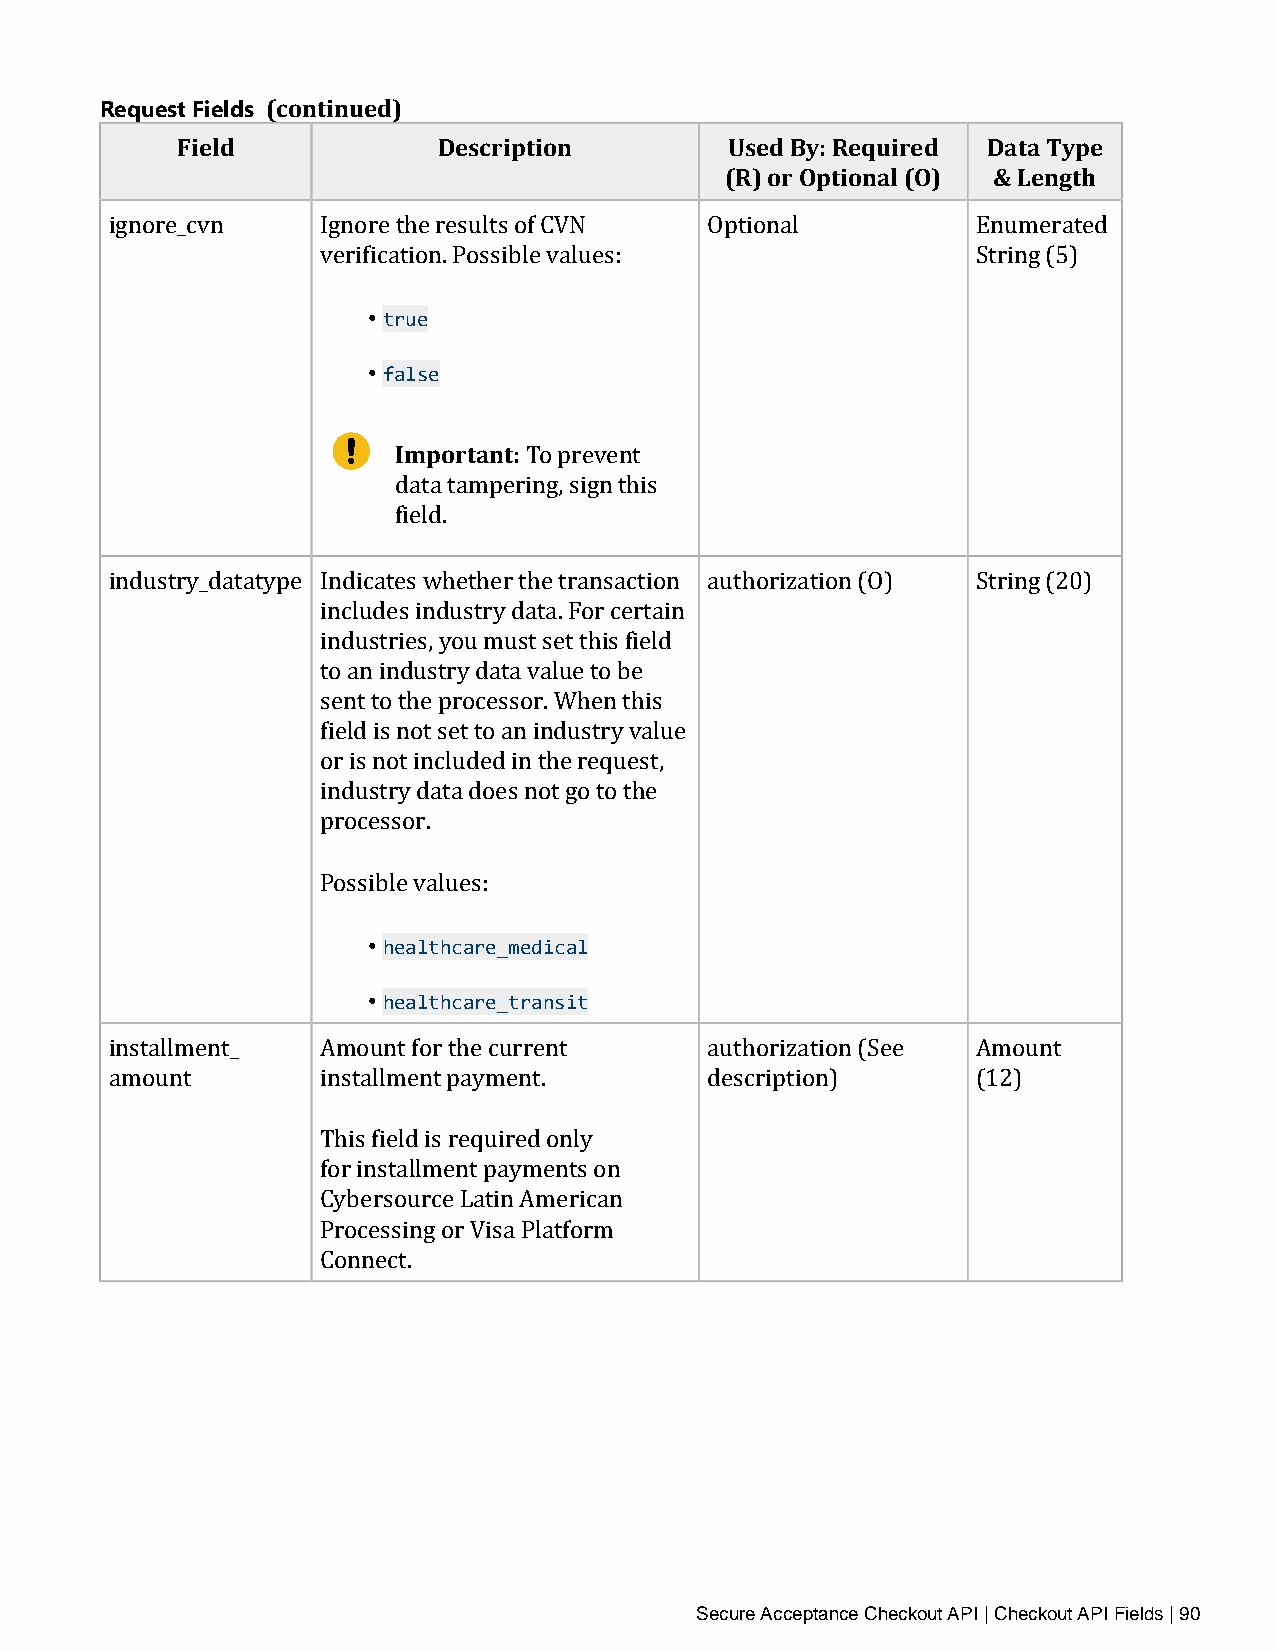
Request Fields (continued)
 Field            Description        Used By: Required Data Type
 (R) or Optional (O) & Length
 ignore_cvn    Ignore the results of CVN Optional          Enumerated
 verification. Possible values:              String (5)
 • true
 • false
 Important:
 To prevent
 data tampering, sign this
 field.
 industry_datatype Indicates whether the transaction authorization (O) String (20)
 includes industry data. For certain
 industries, you must set this field
 to an industry data value to be
 sent to the processor. When this
 field is not set to an industry value
 or is not included in the request,
 industry data does not go to the
 processor.
 Possible values:
 • healthcare_medical
 • healthcare_transit
 installment_  Amount for the current    authorization (See Amount
 amount        installment payment.      description)      (12)
 This field is required only
 for installment payments on
 Cybersource Latin American
 Processing or Visa Platform
 Connect.
 Secure Acceptance Checkout API | Checkout API Fields | 90